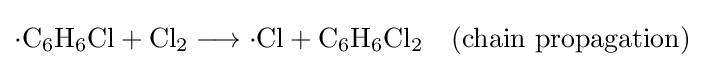
\mathrm {{\cdot }C_{6}H_{6}Cl+Cl_{2}\longrightarrow {\cdot }Cl+C_{6}H_{6}Cl_{2}\quad (chain\ propagation)}